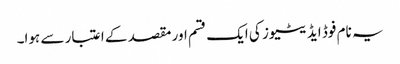
یہ نام فوڈ ایڈیٹیوز کی ایک قسم اور مقصد کے اعتبار سے ہوا۔